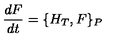
\displaystyle \frac { d F } { d t } = \{ H _ { T } , F \} _ { P }